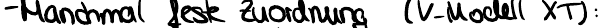
- Manchmal feste Zuordnung (V-Modell XT):